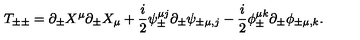
T _ { \pm \pm } = \partial _ { \pm } X ^ { \mu } \partial _ { \pm } X _ { \mu } + \frac { i } { 2 } { \psi } _ { \pm } ^ { \mu j } \partial _ { \pm } \psi _ { \pm \mu , j } - \frac { i } { 2 } { \phi } _ { \pm } ^ { \mu k } \partial _ { \pm } \phi _ { \pm \mu , k } .